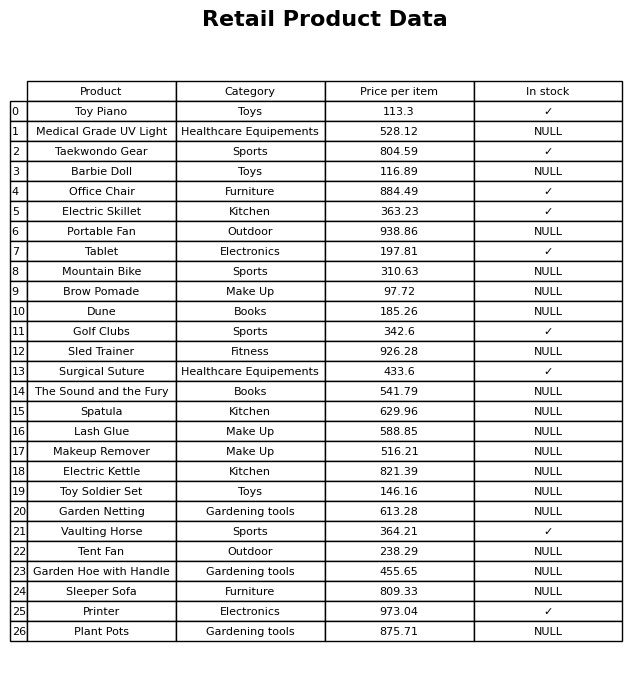
question: What is the price for Garden Hoe with Handle?
answer: The price of Garden Hoe with Handle is 455.65.